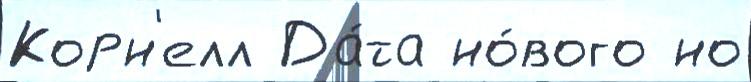
Корн'елл Да́та но́вого но